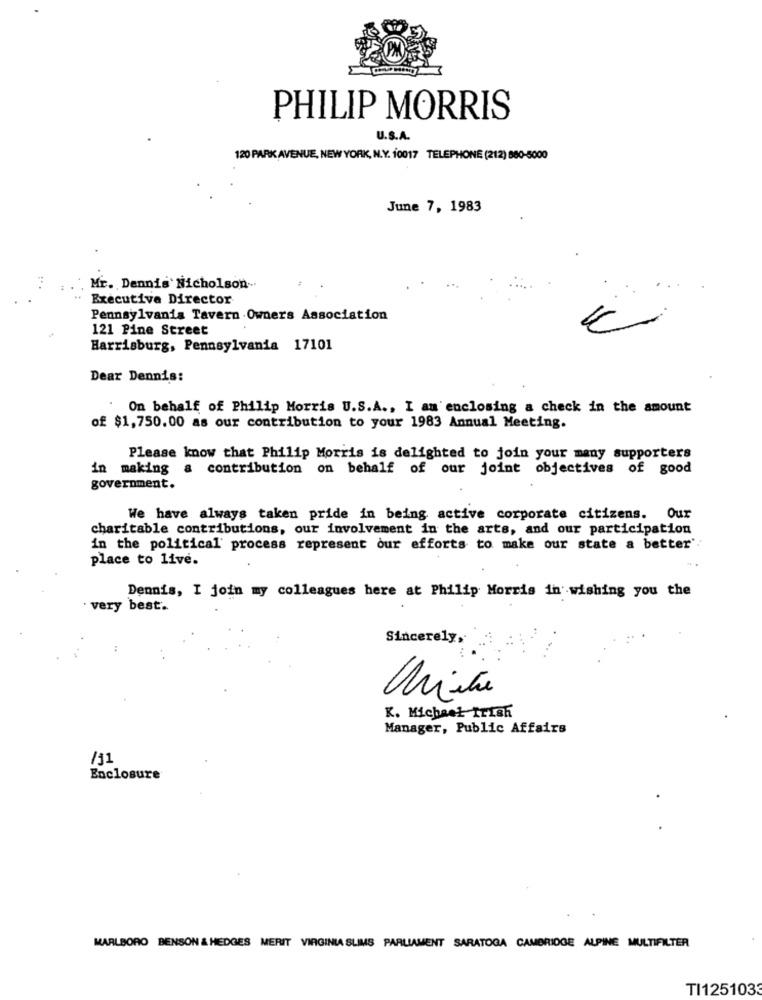
PHILIP MORRIS
U.S.A.
120 PARK AVENUE, NEW YORK, N.Y. 10017 TELEPHONE (212) 880-5000
June 7, 1983
Mr. Dennis Nicholson-
Executive Director
Pennsylvania Tavern Owners Association
121 Pine Street
Harrisburg, Pennsylvania 17101
Dear Dennis:
. On behalf of Philip Morris U.S.A ., I am enclosing a check in the amount
of $1,750.00 as our contribution to your 1983 Annual Meeting.
Please know that Philip Morris is delighted to join your many supporters
in making a contribution on behalf of our joint objectives of good
government.
We have always taken pride in being active corporate citizens. Our
charitable contributions, our involvement in the arts, and our participation
in the political process represent our efforts to make our state a better':
place to live.
Dennis, I join my colleagues here at Philip Morris in wishing you the
very best.
Sincerely,
K. Michael Irish
Manager, Public Affairs
/11
Enclosure
MARLBORO BENSON & HEDGES MERIT VIRGINIA SLIMS PARLIAMENT SARATOGA CAMBRIDGE ALPINE MULTIFILTER
TI1251033